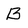
Character: B